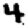
Digit: 4